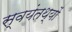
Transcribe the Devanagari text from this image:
स्वयंतथ्यों